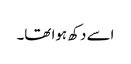
اسے دکھ ہوا تھا۔